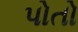
પોતો